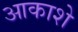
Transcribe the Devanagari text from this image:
आकाशे